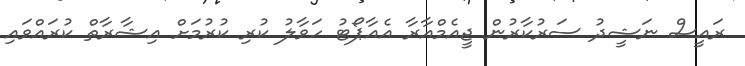
ރައީސް ނަޝީދު ސަރުކާރުން ޖީއެމްއާރާ އެއާޕޯޓު ހަވާލު ކުރި ކުރުމަށް އިޝާރާތް ކުރައްވައި